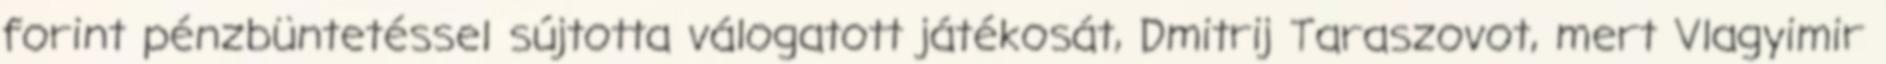
forint pénzbüntetéssel sújtotta válogatott játékosát, Dmitrij Taraszovot, mert Vlagyimir